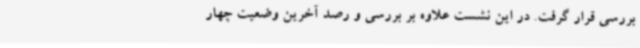
بررسی قرار گرفت. در این نشست علاوه بر بررسی و رصد آخرین وضعیت چهار